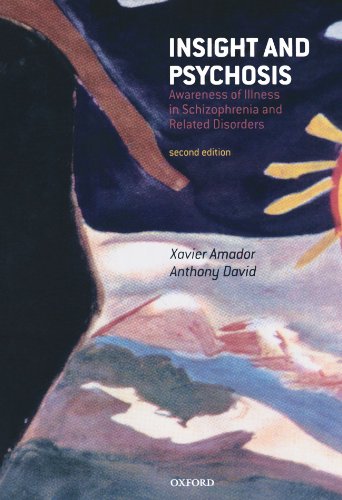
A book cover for Insight and Psychosis: Awareness of Illness in Schizophrenia and Related Disorders; Health, Fitness & Dieting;